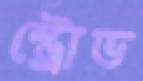
স্ট্রোভ